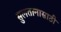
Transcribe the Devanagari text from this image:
सुलतानासाठी